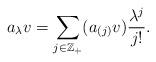
LaTeX: \begin{align*} a_\lambda v=\sum_{j\in\mathbb{Z_{+}}}(a_{(j)}v)\frac{\lambda^{j}}{j!}.\end{align*}